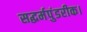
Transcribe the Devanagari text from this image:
सद्धर्मपुंडरीक।